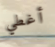
أغطي